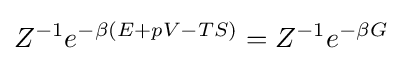
Z^{-1}e^{-\beta (E+pV-TS)}=Z^{-1}e^{-\beta G}